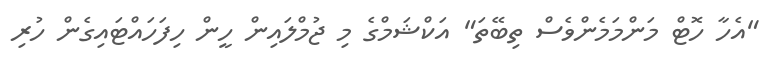
"އެހާ ހޮޓް މަންމަމެންވެސް ތިބޭތަ" އަކްޝަމްގެ މި ޖުމްލައިން ހީން ހިފަހައްޓައިގެން ހުރި